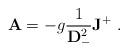
LaTeX: \begin{align*}{\bf A} = -g{1\over {\bf D}_-^2}{\bf J }^+ \ .\end{align*}